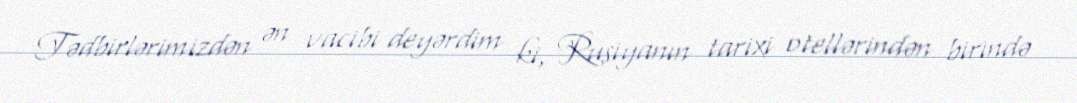
Tədbirlərimizdən ən vacibi deyərdim ki, Rusiyanın tarixi otellərindən birində